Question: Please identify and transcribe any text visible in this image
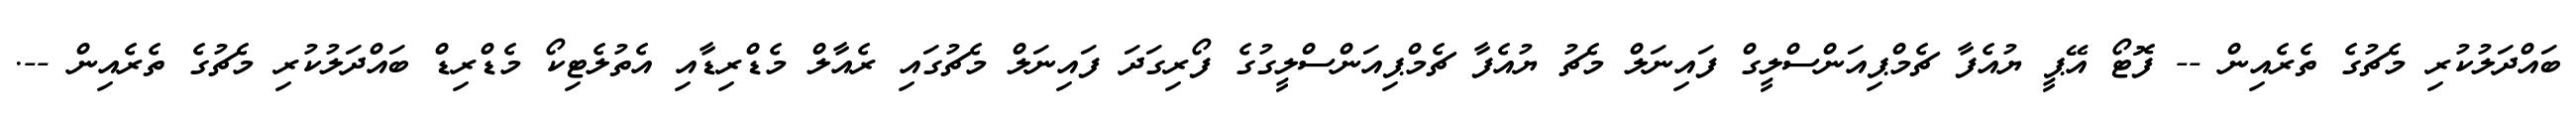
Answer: ބައްދަލުކުރި މެޗުގެ ތެރެއިން -- ފޮޓޯ އޭޕީ ޔުއެފާ ޗެމްޕިއަންސްލީގް ފައިނަލް މެޗު ޔުއެފާ ޗެމްޕިއަންސްލީގުގެ ފޯރިގަދަ ފައިނަލް މެޗުގައި ރެއާލް މެޑްރިޑާއި އެތުލެޓިކޯ މެޑްރިޑް ބައްދަލުކުރި މެޗުގެ ތެރެއިން --.